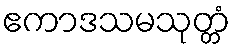
ဧကာဒသမသုတ္တံ